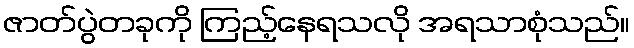
ဇာတ်ပွဲတခုကို ကြည့်နေရသလို အရသာစုံသည်။